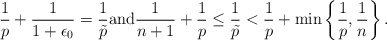
\begin{align*} \frac{1}{p}+\frac{1}{1+\epsilon_{0}}=\frac{1}{\tilde{p}}\mbox{and} \frac{1}{n+1}+\frac{1}{p}\leq \frac{1}{\tilde{p}} <\frac{1}{p}+\min\left\{\frac{1}{p},\frac{1}{n}\right\}. \end{align*}